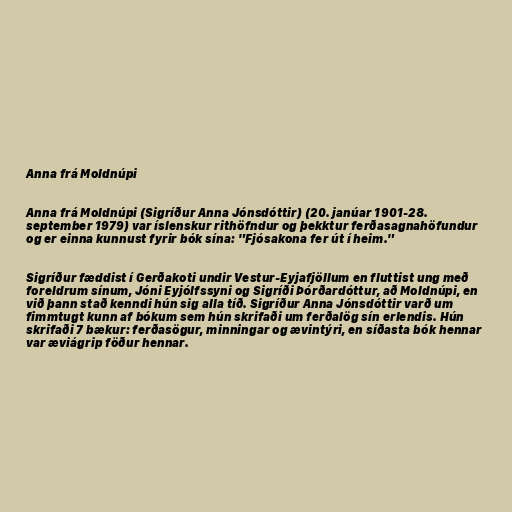
Anna frá Moldnúpi

Anna frá Moldnúpi (Sigríður Anna Jónsdóttir) (20. janúar 1901-28.
september 1979) var íslenskur rithöfndur og þekktur ferðasagnahöfundur
og er einna kunnust fyrir bók sína: "Fjósakona fer út í heim."

Sigríður fæddist í Gerðakoti undir Vestur-Eyjafjöllum en fluttist ung með
foreldrum sínum, Jóni Eyjólfssyni og Sigríði Þórðardóttur, að Moldnúpi, en
við þann stað kenndi hún sig alla tíð. Sigríður Anna Jónsdóttir varð um
fimmtugt kunn af bókum sem hún skrifaði um ferðalög sín erlendis. Hún
skrifaði 7 bækur: ferðasögur, minningar og ævintýri, en síðasta bók hennar
var æviágrip föður hennar.